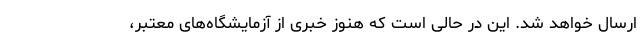
ارسال خواهد شد. این در حالی است که هنوز خبری از آزمایشگاه‌های معتبر،